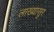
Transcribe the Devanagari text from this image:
लाख्यासुर